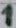
Text: 1